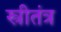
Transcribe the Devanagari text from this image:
स्त्रीतंत्र